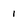
Character: 1